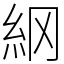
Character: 䋄